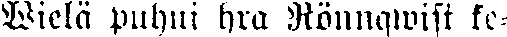
Wielä puhui hra Rönnqwist ke-